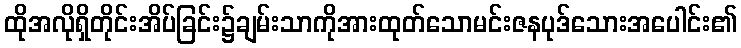
ထိုအလိုရှိတိုင်းအိပ်ခြင်း၌ချမ်းသာကိုအားထုတ်သောမင်းဇနပုဒ်သေားအပေါင်း၏